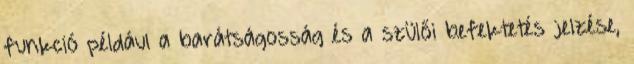
funkció például a barátságosság és a szülői befektetés jelzése,